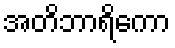
အတိဘာရိကော